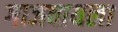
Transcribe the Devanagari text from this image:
गाजवायला